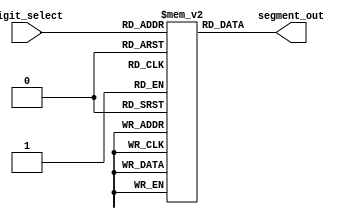
module ssd_using_rom(
    input wire [3:0] digit_select, // 4-bit input to select the digit
    output wire [6:0] segment_out // 7-bit output for seven-segment display
);
reg [6:0] rom [9:0]; // ROM to store segment patterns for digits 0 to 9

assign segment_out = rom[digit_select];

// ROM initialization
initial begin
    rom[0] = 7'b00111111; // Digit 0
    rom[1] = 7'b00000110; // Digit 1
    rom[2] = 7'b01011011; // Digit 2
    rom[3] = 7'b01001111; // Digit 3
    rom[4] = 7'b01100110; // Digit 4
    rom[5] = 7'b01101101; // Digit 5
    rom[6] = 7'b01111101; // Digit 6
    rom[7] = 7'b00000111; // Digit 7
    rom[8] = 7'b01111111; // Digit 8
    rom[9] = 7'b01101111; // Digit 9
end

endmodule